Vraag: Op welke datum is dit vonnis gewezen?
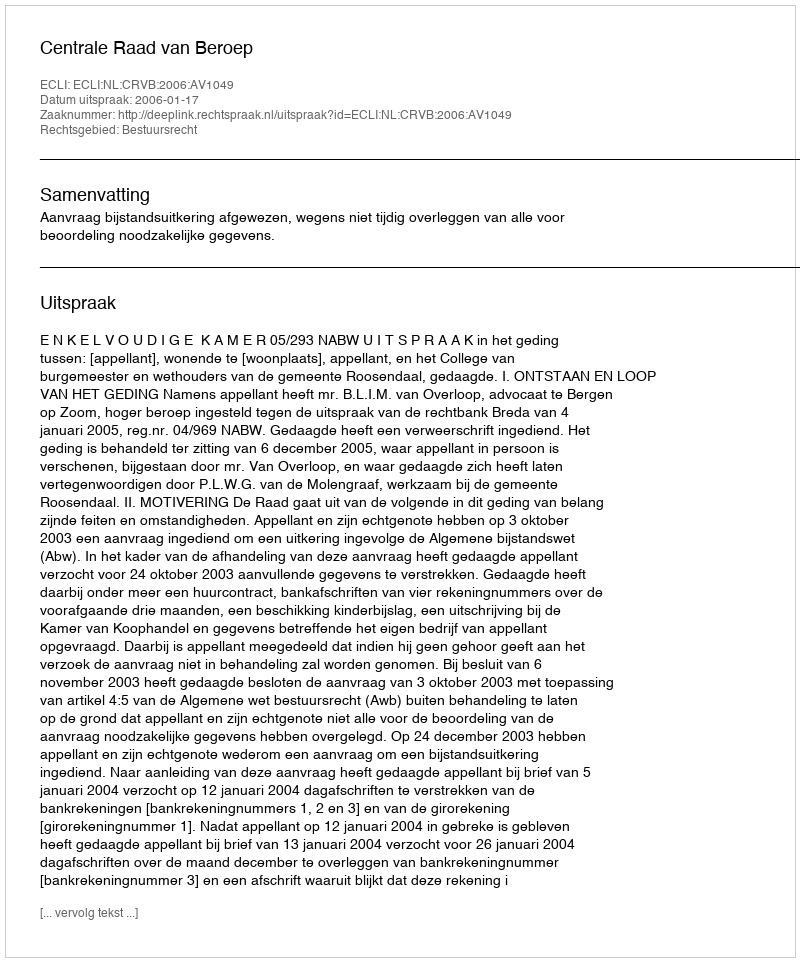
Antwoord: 2006-01-17